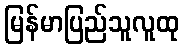
မြန်မာပြည်သူလူထု